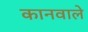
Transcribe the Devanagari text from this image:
कानवाले